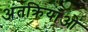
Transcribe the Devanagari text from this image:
अंतक्रियाओं